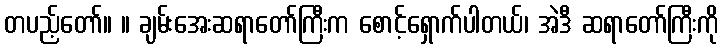
တပည့်တော်။ ။ ချမ်းအေးဆရာတော်ကြီးက စောင့်ရှောက်ပါတယ်၊ အဲဒီ ဆရာတော်ကြီးကို